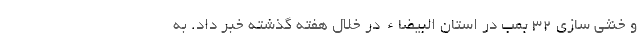
و خنثی سازی 32 بمب در استان البیضاء در خلال هفته گذشته خبر داد. به